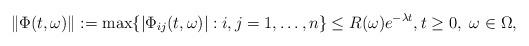
LaTeX: \begin{align*}\|\Phi(t,\omega)\|:=\max\{|\Phi_{ij}(t,\omega)|:i,j=1,\ldots,n\}\leq R(\omega)e^{-\lambda t},t\geq0,\ \omega\in\Omega,\end{align*}